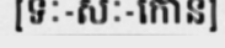
[ទៈ-សៈ-កោន]